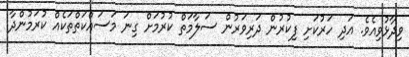
ވިދާޅުވިއެވެ. އަދި ހަރުކަށި ފިކުރުން ދަރިވަރުން ސަލާމަތް ކުރުމަށް ގިނަ މަސައްކަތްތަކެއް ކުރަމުންދާ